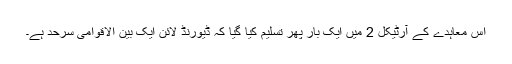
اس معاہدے کے آرٹیکل 2 میں ایک بار پھر تسلیم کیا گیا کہ ڈیورنڈ لائن ایک بین الاقوامی سرحد ہے۔